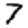
Digit: 7